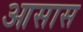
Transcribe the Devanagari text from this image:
आसास